Vaccination in Burma 1900-1911 - 1900-1911
Year: 1900
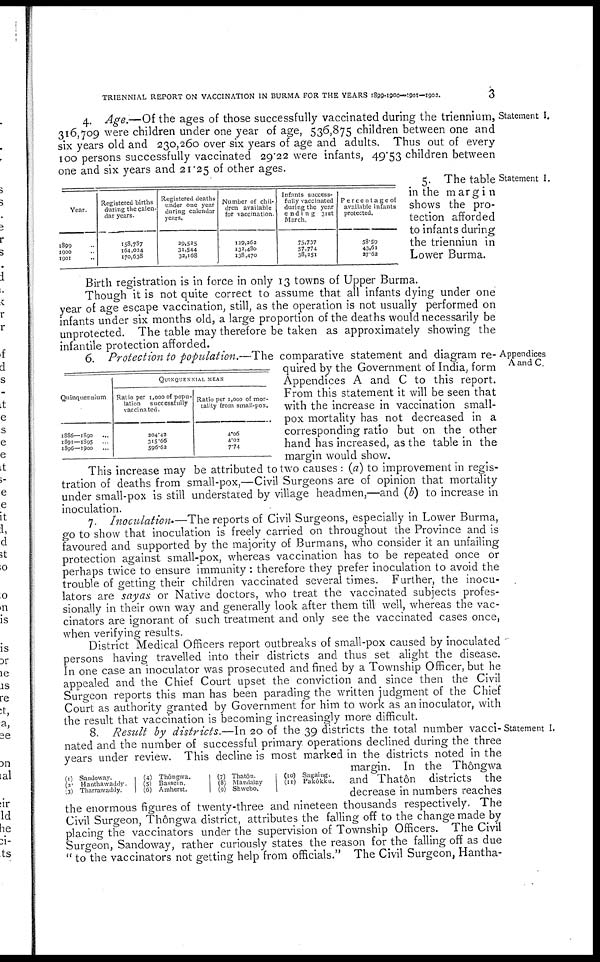
TRIENNIAL REPORT ON VACCINATION IN BURMA FOR THE YEARS 1899-1900—1901-1902.
3
Statement I.
4. Age.—Of the ages of those successfully vaccinated during the triennium,
316,709 were children under one year of age, 536,875 children between one and
six years old and 230,260 over six years of age and adults. Thus out of every
100 persons successfully vaccinated 29.22 were infants, 49.53 children between
one and six years and 21.25 of other ages.
Statement I.
Year.
1890 ...
1900 ...
1901
...
Registered births
during the calen-
dar years.
158,787
164,024
170,638
Registered deaths
under one year
during calendar
years.
29,525
31,544
32,168
Number of chil-
dren available
for vaccination.
129,262
132,480
138,470
Infants success-
fully vaccinated
during the year
ending 31st
March.
75,737
57,774
38,251
Percentage of
available infants
protected.
58.59
43.61
27.62
5. The table
in the margin
shows the pro-
tection afforded
to infants during
the trienniun in
Lower Burma.
Birth registration is in force in only 13 towns of Upper Burma.
Though it is not quite correct to assume that all infants dying under one
year of age escape vaccination, still, as the operation is not usually performed on
infants under six months old, a large proportion of the deaths would necessarily be
unprotected. The table may therefore be taken as approximately showing the
infantile protection afforded.
Appendices
A and C.
Quinquennium
1886—1890 ...
1891—1895 ...
1896—1900 ...
QUINQUENNIAL MEAN
Ratio per 1,000 of popu-
lation
successfully
vaccinated.
204.42
315.66
596.62
Ratio per 1,000 of mor-
tality from small-pox.
4.06
4.02
7.74
6. Protection to population.—The comparative statement and diagram re-
quired by the Government of India, form
Appendices A and C to this report.
From this statement it will be seen that
with the increase in vaccination small-
pox mortality has not decreased in a
corresponding ratio but on the other
hand has increased, as the table in the
margin would show.
This increase may be attributed to two causes : (a) to improvement in regis-
tration of deaths from small-pox,—Civil Surgeons are of opinion that mortality
under small-pox is still understated by village headmen,—and (b) to increase in
inoculation.
7. Inoculation.—The reports of Civil Surgeons, especially in Lower Burma,
go to show that inoculation is freely carried on throughout the Province and is
favoured and supported by the majority of Burmans, who consider it an unfailing
protection against small-pox, whereas vaccination has to be repeated once or
perhaps twice to ensure immunity: therefore they prefer inoculation to avoid the
trouble of getting their children vaccinated several times. Further, the inocu-
lators are sayas or Native doctors, who treat the vaccinated subjects profes-
sionally in their own way and generally look after them till well, whereas the vac-
cinators are ignorant of such treatment and only see the vaccinated cases once,
when verifying results.
District Medical Officers report outbreaks of small-pox caused by inoculated
persons having travelled into their districts and thus set alight the disease.
In one case an inoculator was prosecuted and fined by a Township Officer, but he
appealed and the Chief Court upset the conviction and since then the Civil
Surgeon reports this man has been parading the written judgment of the Chief
Court as authority granted by Government for him to work as an inoculator, with
the result that vaccination is becoming increasingly more difficult.
Statement I.
8. Result by districts.—In 20 of the 39 districts the total number vacci-
nated and the number of successful primary. operations declined during the three
years under review. This decline is most marked in the districts noted in the
margin. In the Thôngwa
and Thatôn districts the
decrease in numbers reaches
the enormous figures of twenty-three and nineteen thousands respectively. The
Civil Surgeon, Thôngwa district, attributes the falling off to the change made by
placing the vaccinators under the supervision of Township Officers. The Civil
Surgeon, Sandoway, rather curiously states the reason for the falling off as due
" to the vaccinators not getting help from officials." The Civil Surgeon, Hantha-
(1)
(2)
(3)
Sandoway.
Hanthawaddy.
Tharrawaddy.
(4)
(5)
(6)
Thôngwa.
Bassein.
Amherst.
(7)
(8)
(9)
Thatôn.
Mandalay
Shwebo.
(10)
(11)
Sagaing.
Pakôkku